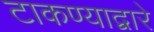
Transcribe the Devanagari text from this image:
टाकण्याद्वारे